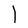
Character: l